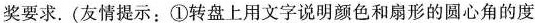
奖要求. (友情提示：①转盘上用文字说明颜色和扇形的圆心角的度